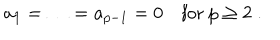
a _ { 1 } = \ldots = a _ { p - 1 } = 0 \quad \mathrm { f o r } \ p \geq 2 \; .